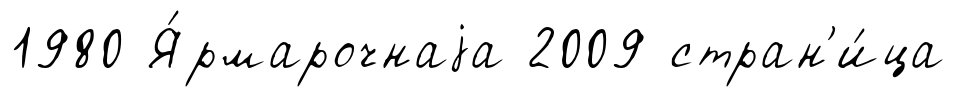
1980 Я́рмарочнаjа 2009 стран'и́ца